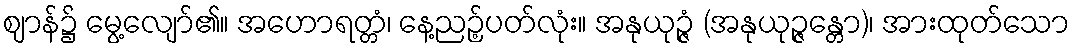
ဈာန်၌ မွေ့လျော်၏။ အဟောရတ္တံ၊ နေ့ညဉ့်ပတ်လုံး။ အနုယုဉ္ဇံ (အနုယုဉ္ဇန္တော)၊ အားထုတ်သော